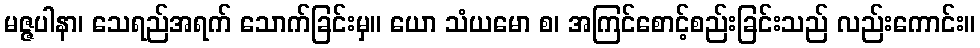
မဇ္ဇပါနာ၊ သေရည်အရက် သောက်ခြင်းမှ။ ယော သံယမော စ၊ အကြင်စောင့်စည်းခြင်းသည် လည်းကောင်း။